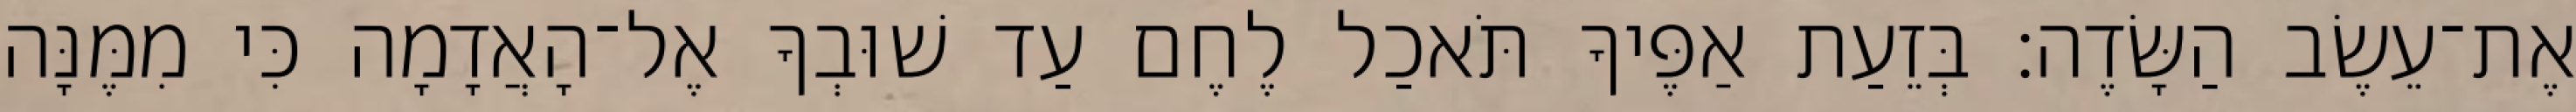
אֶת־עֵשֶׂב הַשָּׂדֶה׃ בְּזֵעַת אַפֶּיךָ תֹּאכַל לֶחֶם עַד שׁוּבְךָ אֶל־הָאֲדָמָה כִּי מִמֶּנָּה